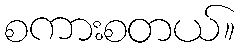
စကားစတယ်။